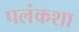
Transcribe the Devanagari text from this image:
पलंकशा